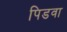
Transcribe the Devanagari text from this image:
पिडवा